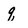
Character: q